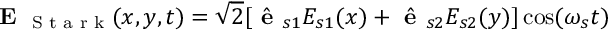
\textbf { E } _ { \textrm { S t a r k } } ( x , y , t ) = \sqrt { 2 } [ \hat { \textbf { e } } _ { s 1 } E _ { s 1 } ( x ) + \hat { \textbf { e } } _ { s 2 } E _ { s 2 } ( y ) ] \cos ( \omega _ { s } t )